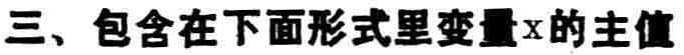
三、包含在下面形式里变量\(x\)的主值